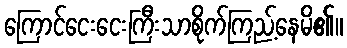
ကြောင်ငေးငေးကြီးသာစိုက်ကြည့်နေမိ၏။